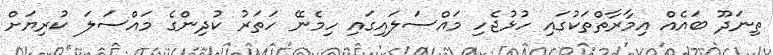
ތިނަދޫ ބައެއް އިމާރާތްތަކުގައި ހުޅުޖެހި މައްސަލައިގައި ހިމެނޭ ހަތަރު ކުދިންގެ މައްސަލަ ކުރިޔަށް